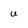
Character: U